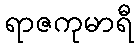
ရာဇကုမာရီ